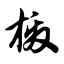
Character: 檄